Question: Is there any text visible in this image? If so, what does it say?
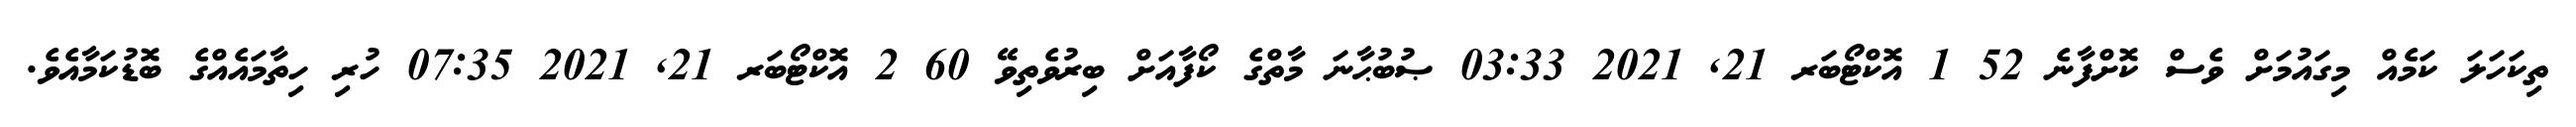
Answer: ތިކަހަލަ ކަމެއް މިގައުމަށް ވެސް ކޮށްފާނެ 52 1 އޮކްޓޯބަރ 21, 2021 03:33 ޞުބުޙާނަ މާތްގެ ކޯފާއަށް ބިރުވެތިވޭ 60 2 އޮކްޓޯބަރ 21, 2021 07:35 ހުރި ހިތާމައެއްގެ ބޮޑުކަމާއެވެ.